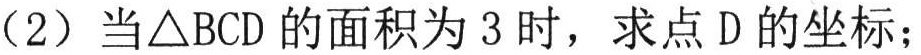
（2）当\(\triangle BCD\)的面积为\(3\)时，求点\(D\)的坐标；